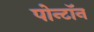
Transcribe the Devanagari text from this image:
पोन्टॉन